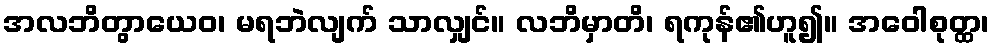
အလဘိတွာယေဝ၊ မရဘဲလျက် သာလျှင်။ လဘိမှာတိ၊ ရကုန်၏ဟူ၍။ အဝေါစုတ္ထ၊